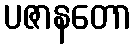
ပဇာနတော